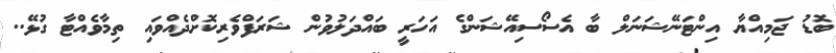
ބޮޑު ޖަމިއްޔާ އިންޓަނޭޝަނަލް ބާ އެސޯސިއޭޝަންގެ އަހަރީ ބައްދަލުވުން ޝަރަފްވެރިކޮށްދެއްވައި ތިމާވެއްޓާ ގުޅޭ..